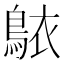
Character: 𬷐